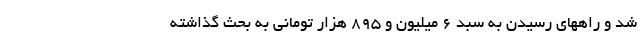
شد و راههای رسیدن به سبد ۶ میلیون و ۸۹۵ هزار تومانی به بحث گذاشته